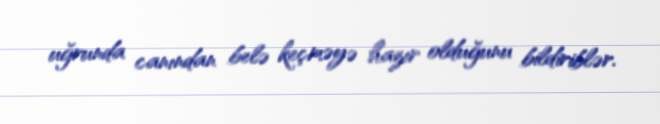
uğrunda canından belə keçməyə hazır olduğunu bildiriblər.